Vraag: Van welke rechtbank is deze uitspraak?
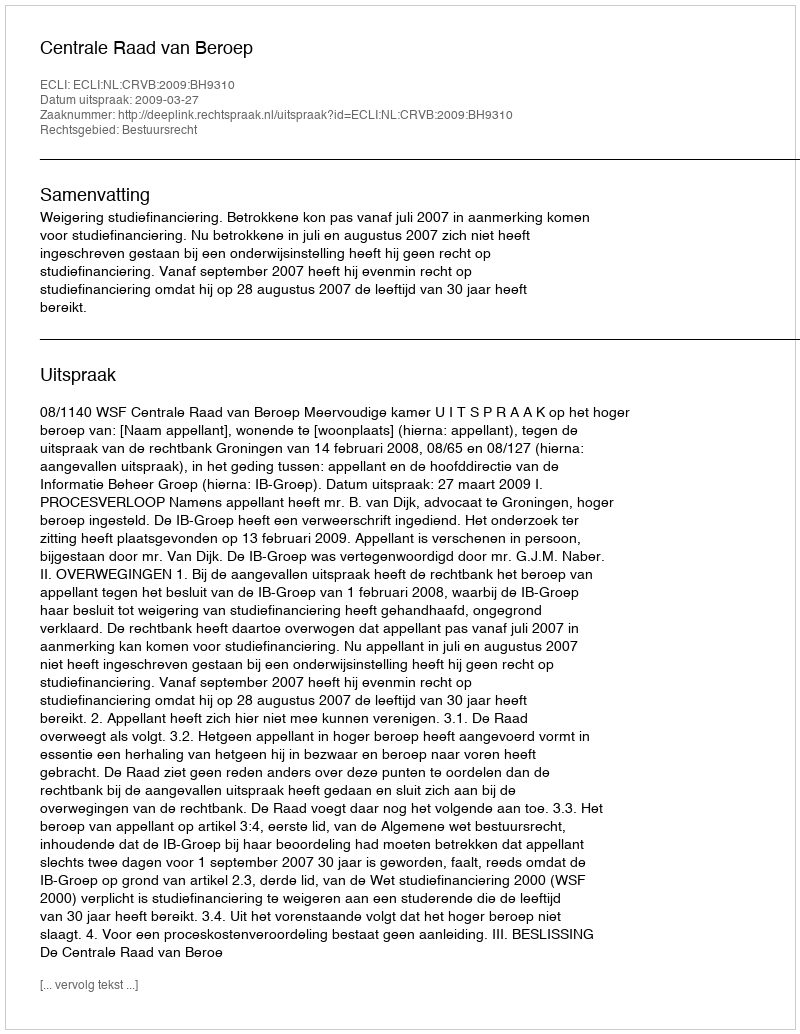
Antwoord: Centrale Raad van Beroep